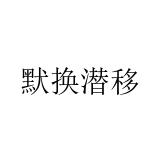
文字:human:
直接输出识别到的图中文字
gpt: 默换潜移